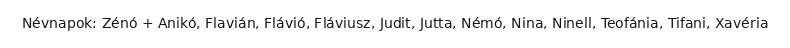
Névnapok: Zénó + Anikó, Flavián, Flávió, Fláviusz, Judit, Jutta, Némó, Nina, Ninell, Teofánia, Tifani, Xavéria